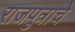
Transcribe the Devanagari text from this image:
राजपुत्राचे